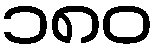
၁၈၀